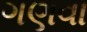
ગણવા